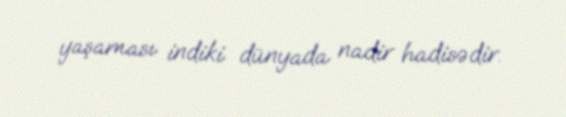
yaşaması indiki dünyada nadir hadisədir.